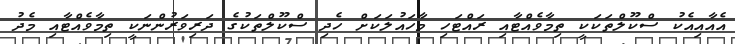
އެއާއިއެކު ސްކޫލްތަކަކީ ތިމާވެއްޓާއި ރައްޓަހި މާހައުލަކަށް ހެދި ސްކޫލްތަކުގެ ދަރިވަރުންނަކީ ތިމާވެއްޓާއި މެދު